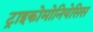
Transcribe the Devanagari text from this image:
ट्राइकोमोनियेसिस